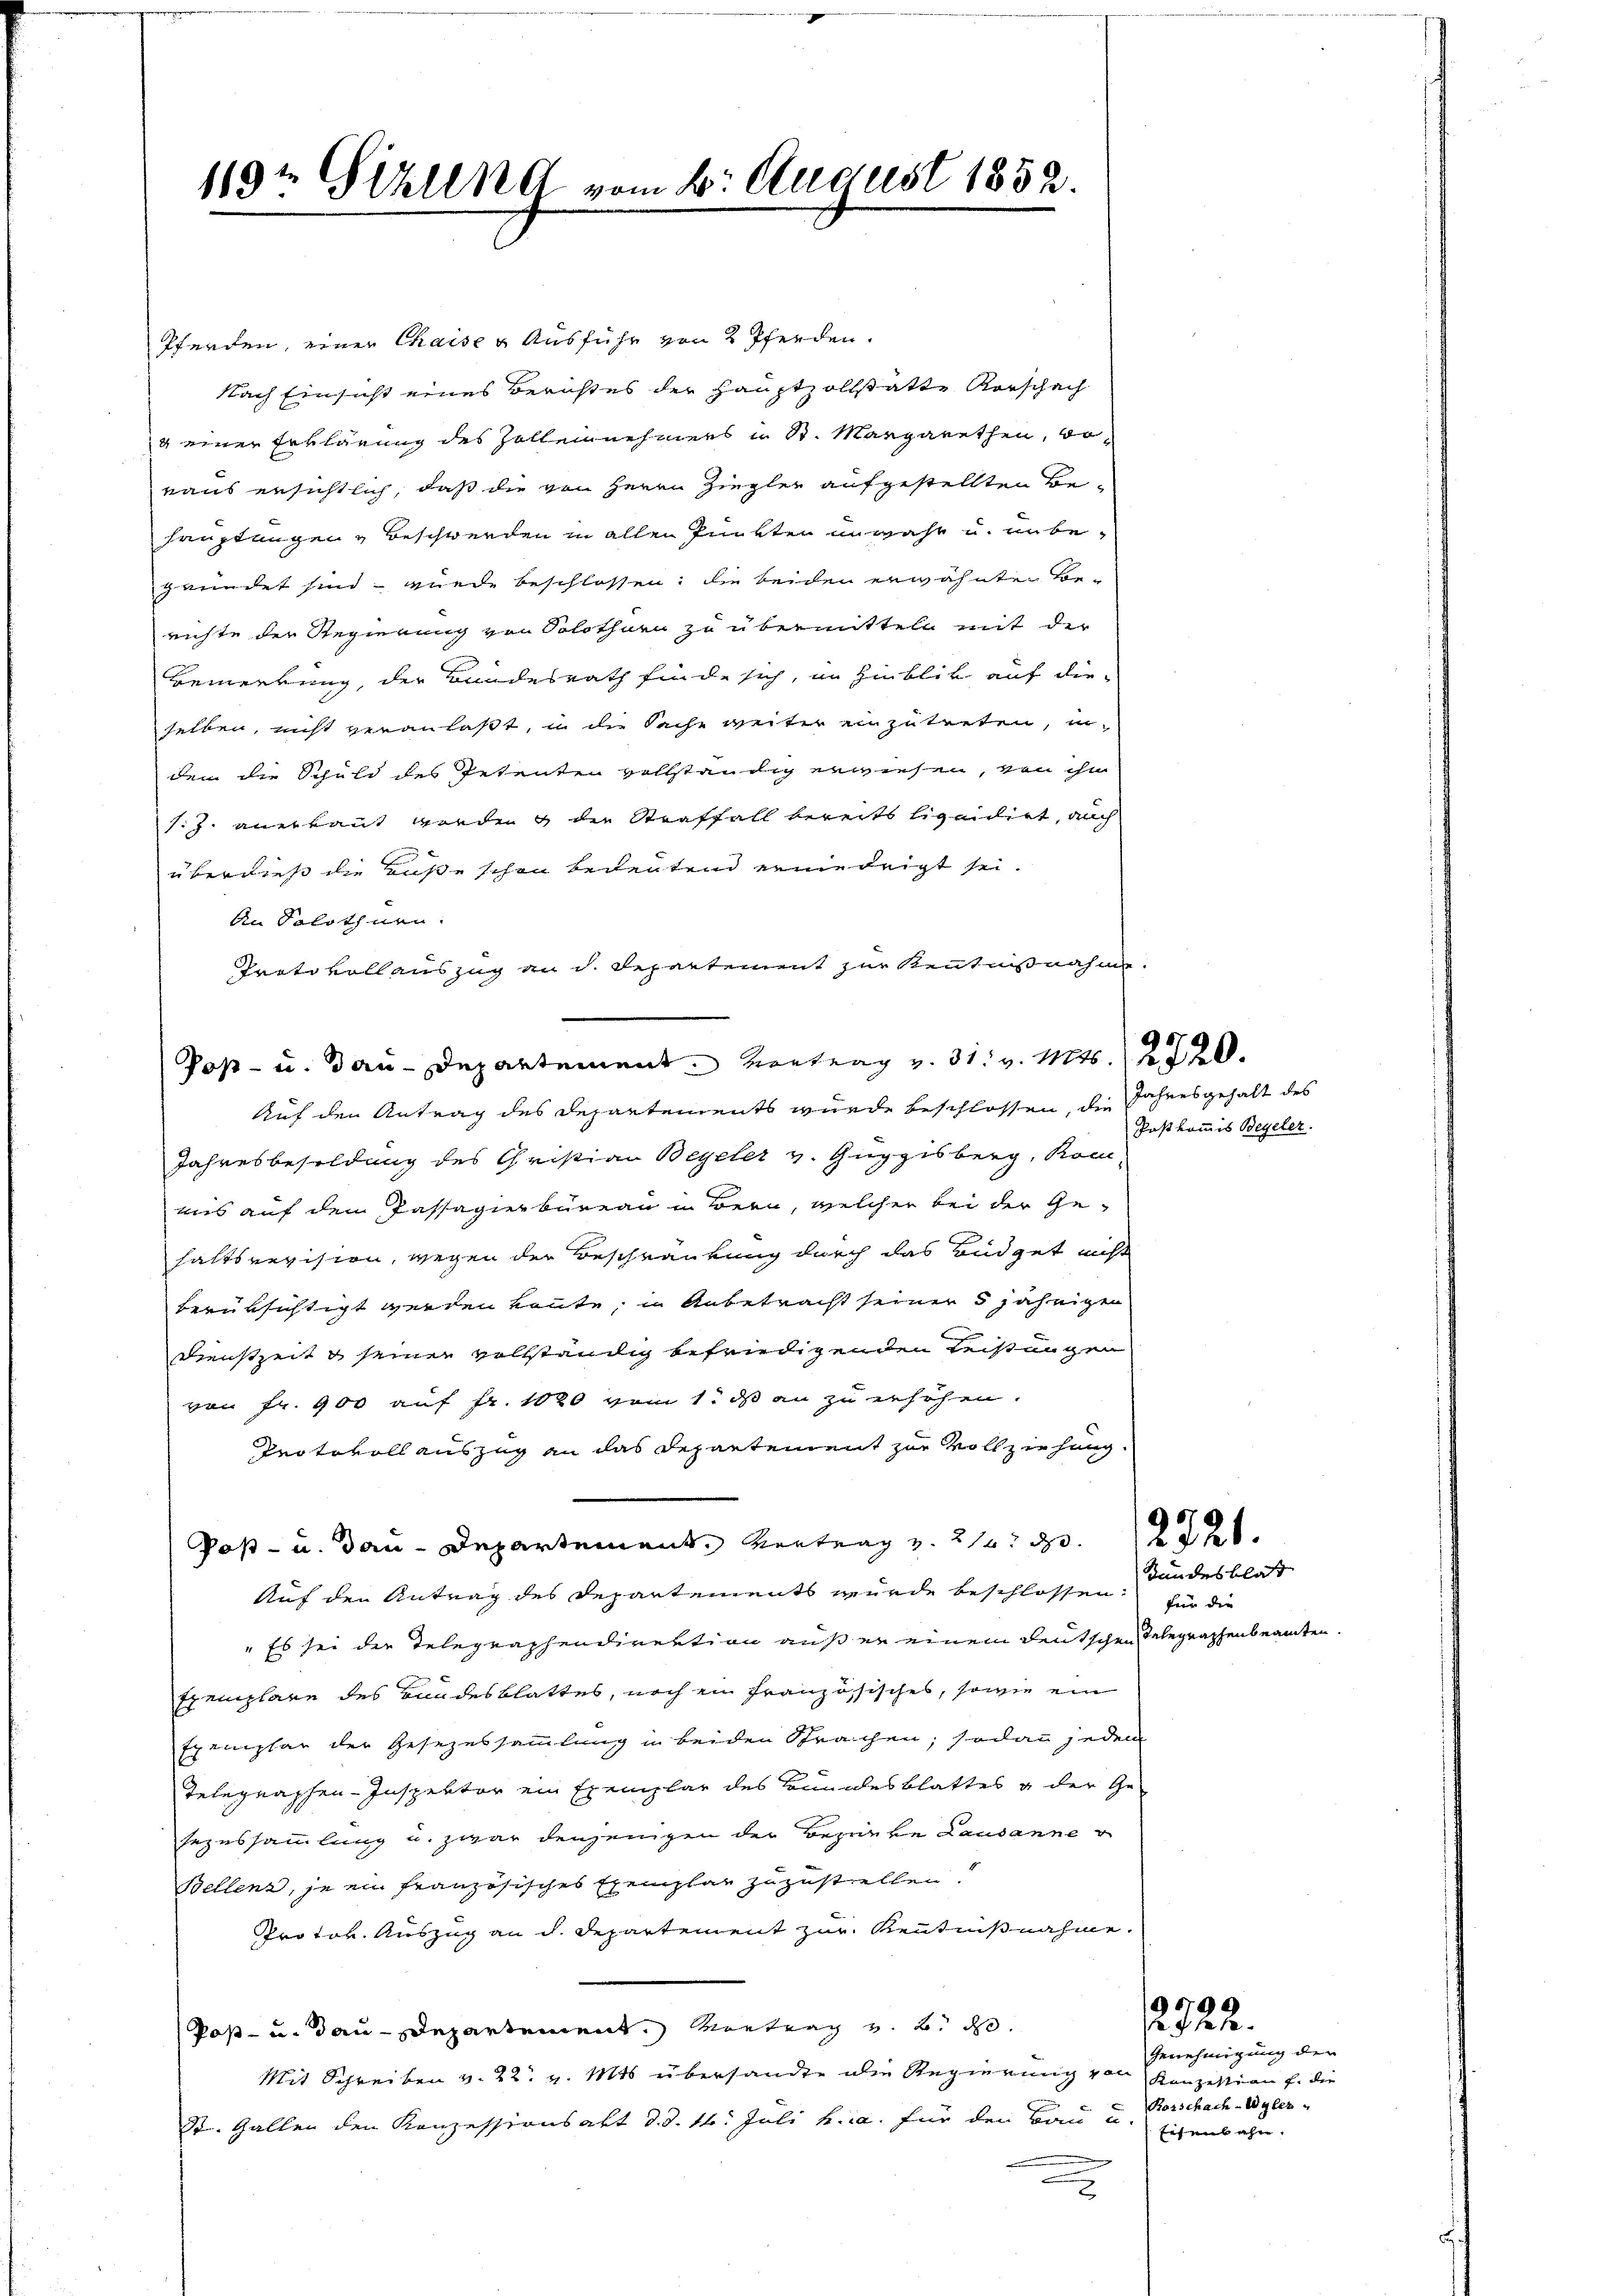
119t Gizling vom 2. August 1852.

Pferden, einer Chaise & Ausführ von 2 Pferden.
Nach Einsicht eines Berichtes der Hauptzollstatte Vorschach
g einer Erklärung des Zollennehmens u St. Margarethen, doraus ersichtlich, daß die von Herrn Ziegler aufgestellten Be¬
Hauptungen & Beschwerden in allen Punkten unwahr u. unbegründet sind – wurde beschlossen: die beiden erwähnten Be-
richte der Regierung von Solothurn zu übermitteln mit der
Bemerkung der Bundesrath finde sich, im Hinblik auf die-
selben, nicht veranlaßt, in die Sache weiter einzutreten, indem die Schuld des Petenten vollständig erwiesen, von ihn
1.J. anerbaut worden & der Straffall bereits liquidirt, auch
überdieß die Buße schon bedeutend erniedrigt sei.
An Solothurn.
Protokoll auszug an d. Departement zur Kenntnißnahme.
Post- u. Bau-Departement. Vortrag v. 31. v. Mts. 12720.
Auf den Antrag des Departements wurde beschlossen, die
Jahresbesoldung des Christian Beyeler v. Guppisberg, Rom
uns auf dem Passagierbureau in Bern, welcher bei der Ge-
haltsrevision, wegen der Beschränkung durch das Büdget nicht
berüksichtigt werden könnte, in Anbetracht seiner 5 jährigen
Dienstzeit & seiner vollständig befriedigenden Leistungen
von Fr. 900 auf Fr. 1020 vom 1. ds an zu erhöhen.
Protokoll auszug an das Departement zur Vollziehung
Post- u. Bau-Departement Vertrag u. 2 de
Auf den Antrag des Departements wurde beschlossen Kundesblass
" Es sei der Telegraphendirektion auß er einem deutschen Telegraphenbeamten.
Exemplare des Bundesblattes, noch ein französisches, sowie ein
Exemplar der Gesezessammlung in beiden Sprachen; sodann jeden
Telegraphen-Inspektor ein Exemplar des Bundesblattes u der Gesezessammlung u. zwar denjenigen der Bezirke Lausanner
Bellenz, je ein französisches Exemplar zuzustellen!
Protok. Auszug an d. Departement zur Kenntnißnahme.
(Post- u. Bau-Departement. Vortrag z. B. d.
Mit Schreiben v. 22. v. Mts übersandte die Regierung von Konzeption f. die
St. Gallen den Konzessionsakt d. d. 16. Juli h. a. für den Bau u
2

Jahresgehalt des
Postkommis Begeler.

für die

G1796
25. 22.

Genehmigung der
Rorschach Wyler
Eisenbahn.